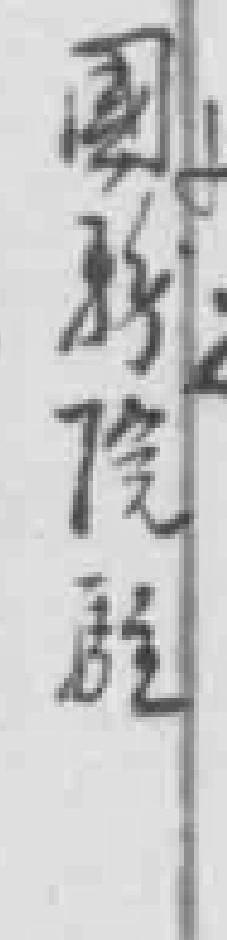
國*院*